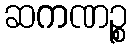
ဆကဏဉ္စ